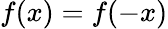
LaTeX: f(x)=f(-x)